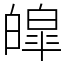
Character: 皡